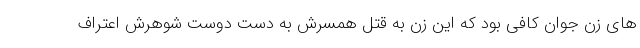
های زن جوان کافی بود که این زن به قتل همسرش به دست دوست شوهرش اعتراف